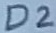
Text: D2